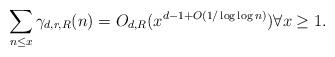
LaTeX: \begin{align*} \sum_{n \leq x} \gamma_{d,r,R}(n) = O_{d,R}(x^{d-1+O(1/\log \log n)})\forall x \geq 1.\end{align*}